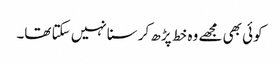
کوئی بھی مجھے وہ خط پڑھ کر سنا نہیں سکتا تھا۔